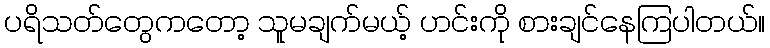
ပရိသတ်တွေကတော့ သူမချက်မယ့် ဟင်းကို စားချင်နေကြပါတယ်။